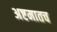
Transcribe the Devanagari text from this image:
अष्टमातच